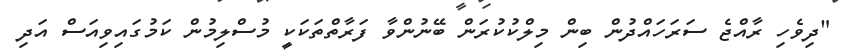
"ދިވެހި ރާއްޖެ ސަރަހައްދުން ބިން މިލްކުކުރަން ބޭނުންވާ ފަރާތްތަކަކީ މުސްލިމުން ކަމުގައިވިއަސް އަދި